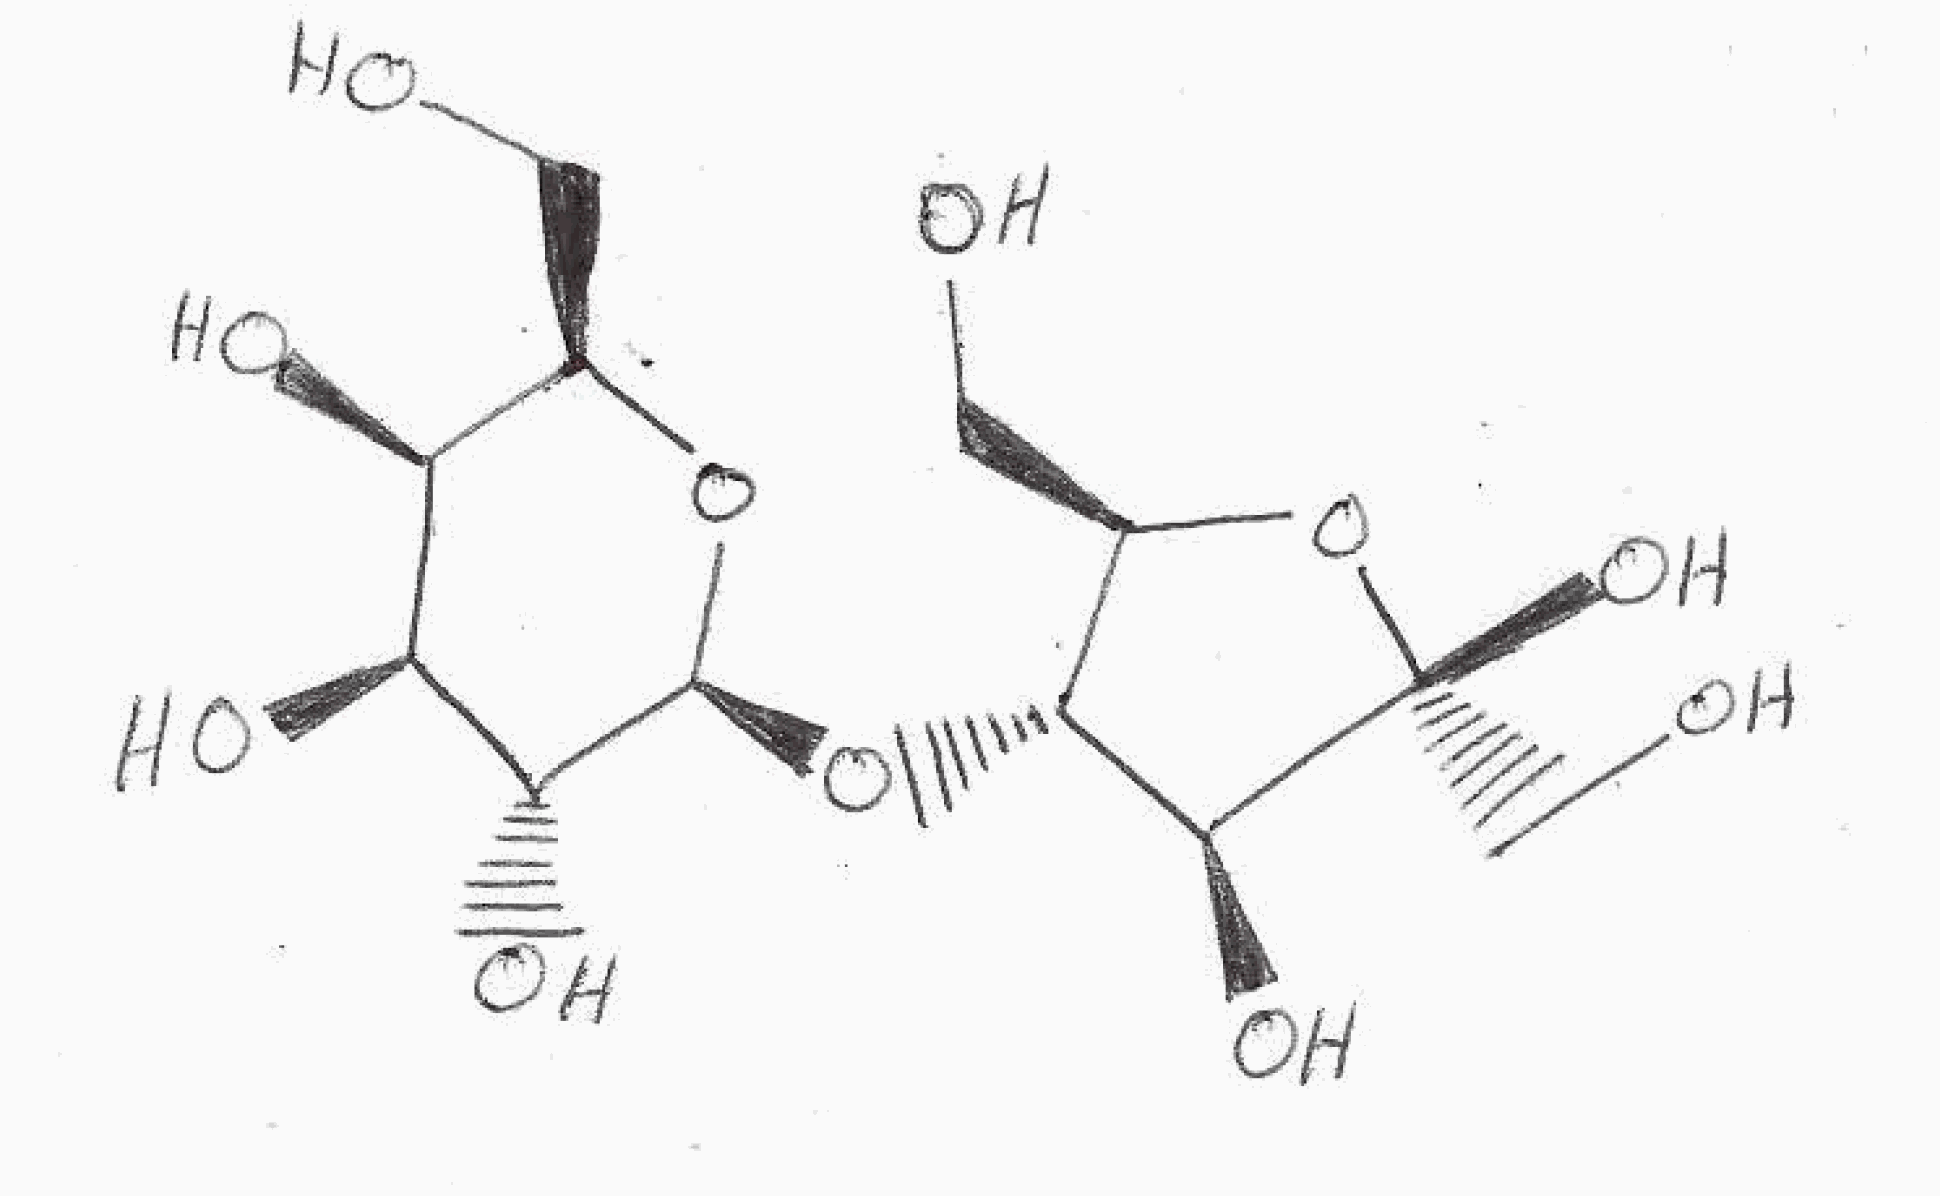
Simplified molecular-input line-entry system (SMILES) notation of the given molecule:
C([C@@H]1[C@@H]([C@@H]([C@H]([C@@H](O1)O[C@@H]2[C@H](O[C@@]([C@H]2O)(CO)O)CO)O)O)O)O